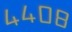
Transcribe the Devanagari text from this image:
४४०८